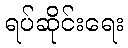
ရပ်ဆိုင်းရေး